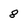
Character: 8